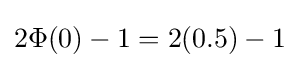
2\Phi (0)-1=2(0.5)-1